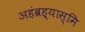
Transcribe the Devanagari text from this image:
अहंब्रह्यास्मि